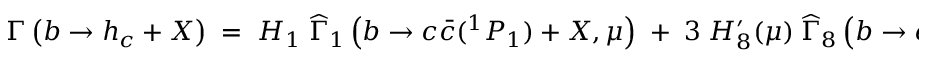
{ \Gamma \left( b \rightarrow h _ { c } + X \right) \; = \; H _ { 1 } \; { \widehat \Gamma } _ { 1 } \left( b \rightarrow c { \bar { c } } ( ^ { 1 } P _ { 1 } ) + X , \mu \right) \; + \; 3 \; H _ { 8 } ^ { \prime } ( \mu ) \; { \widehat \Gamma } _ { 8 } \left( b \rightarrow c { \bar { c } } ( ^ { 1 } S _ { 0 } ) + X \right) \; , }